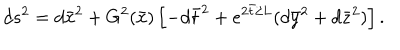
LaTeX: d s ^ { 2 } = d { \bar { x } } ^ { 2 } + G ^ { 2 } ( { \bar { x } } ) \left[ - d { \bar { t } } ^ { 2 } + e ^ { 2 { \bar { t } } / L } ( d { \bar { y } } ^ { 2 } + d { \bar { z } } ^ { 2 } ) \right] .